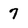
Character: 7